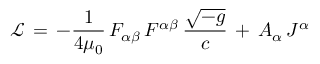
{ \mathcal { L } } \, = \, - { \frac { 1 } { 4 \mu _ { 0 } } } \, F _ { \alpha \beta } \, F ^ { \alpha \beta } \, { \frac { \sqrt { - g } } { c } } \, + \, A _ { \alpha } \, J ^ { \alpha }